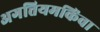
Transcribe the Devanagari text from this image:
अगत्तियमकिंवा